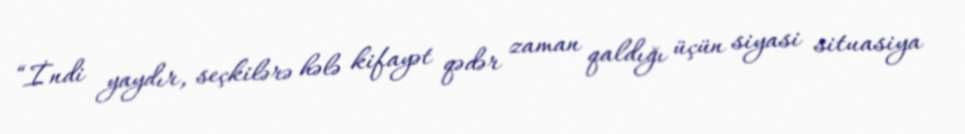
“İndi yaydır, seçkilərə hələ kifayət qədər zaman qaldığı üçün siyasi situasiya